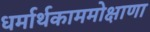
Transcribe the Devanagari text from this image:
धर्मार्थकाममोक्षाणा